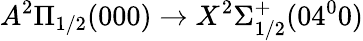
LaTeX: A^{2}\Pi_{1/2}(000)\rightarrow X^{2}\Sigma_{1/2}^{+}(04^{0}0)